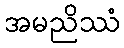
အမညိဿံ